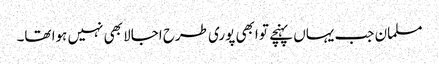
مسلمان جب یہاں پہنچے تو ابھی پوری طرح اجالا بھی نہیں ہوا تھا۔